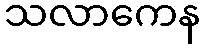
သလာကေန